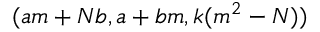
( a m + N b , a + b m , k ( m ^ { 2 } - N ) )